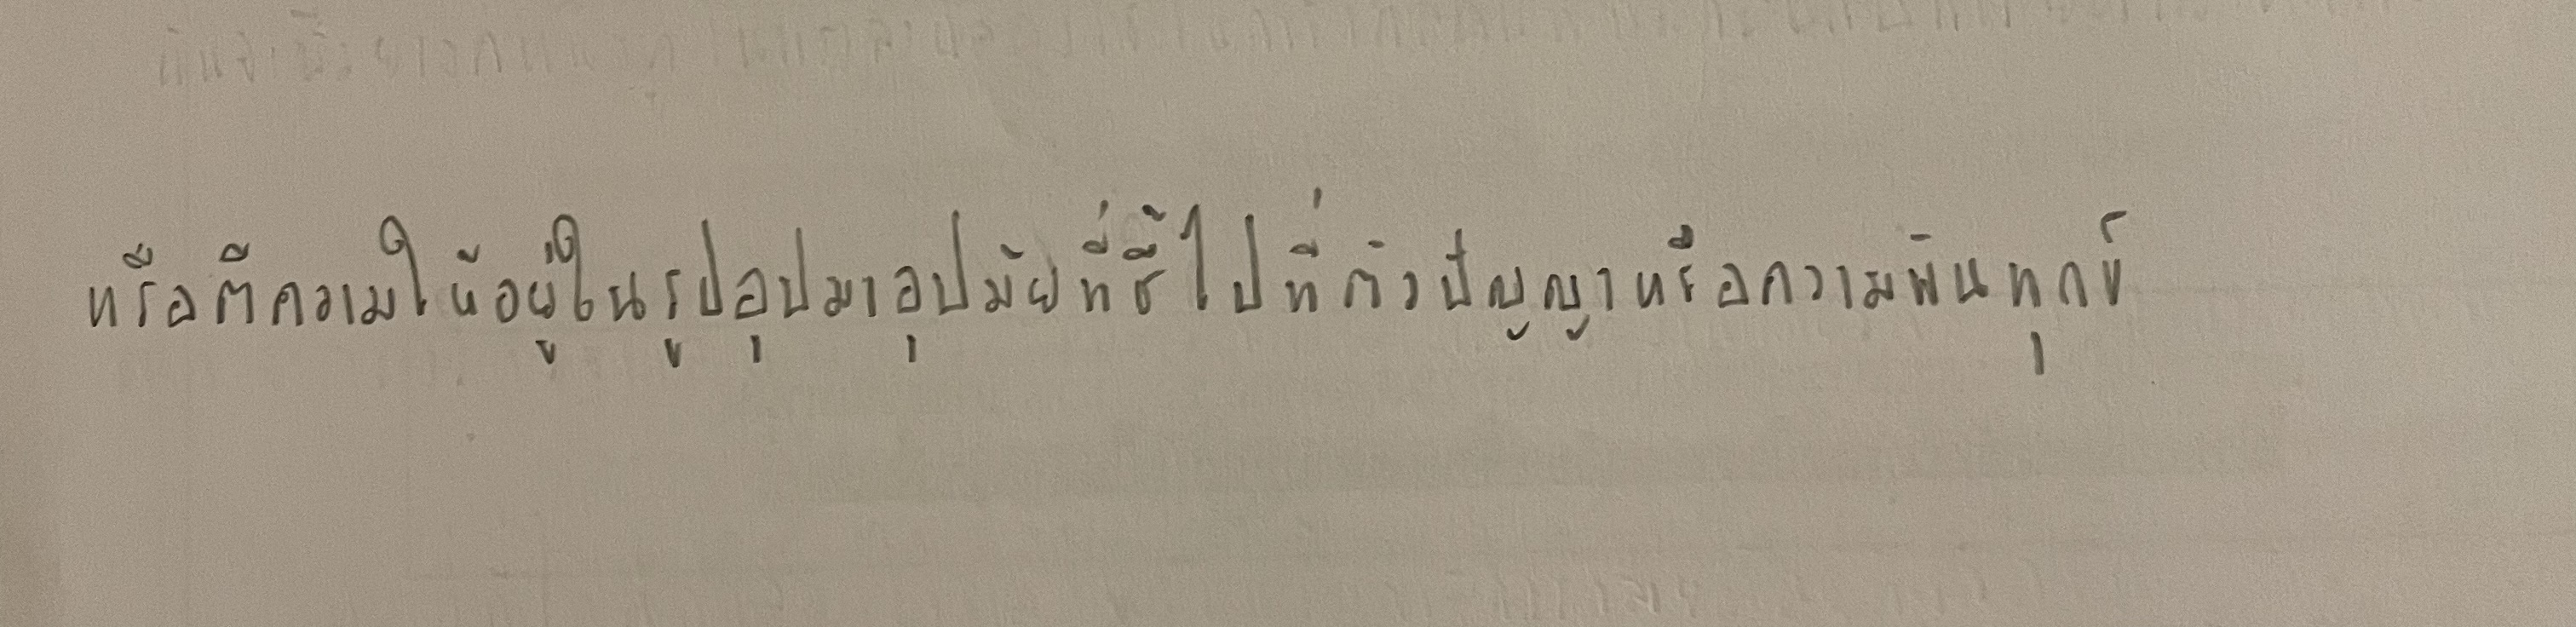
หรือตีความให้อยู่ในรูปอุปมาอุปมัยที่ชี้ไปที่ตัวปัญญาหรือความพ้นทุกข์